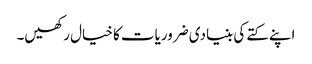
اپنے کتے کی بنیادی ضروریات کا خیال رکھیں۔